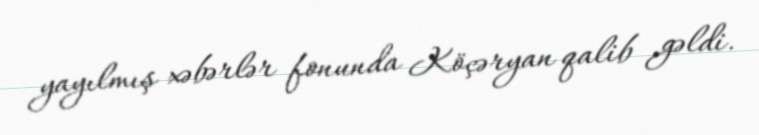
yayılmış xəbərlər fonunda Köçəryan qalib gəldi.